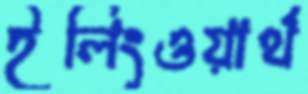
ইলিংওয়ার্থ